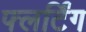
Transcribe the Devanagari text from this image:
फ्लर्टिंग